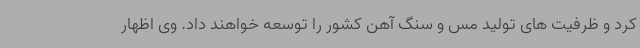
کرد و ظرفیت های تولید مس و سنگ آهن کشور را توسعه خواهند داد. وی اظهار